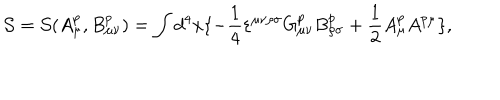
{ \cal S } = { \cal S } ( A _ { \mu } ^ { p } , B _ { \mu \nu } ^ { p } ) = \int { d ^ { 4 } } x \{ - \frac { 1 } { 4 } { \varepsilon } ^ { \mu \nu \rho \sigma } G _ { \mu \nu } ^ { p } B _ { \rho \sigma } ^ { p } + \frac { 1 } { 2 } A _ { \mu } ^ { p } A ^ { p \mu } \} ,